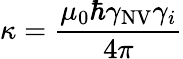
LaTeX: \kappa=\frac{\mu_{0}\hbar\gamma_{\mathrm{NV}}\gamma_{i}}{4\pi}